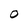
Character: O